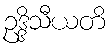
ဥဒ္ဒိသီယတိ